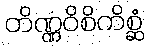
တိဏ္ဏဝိစိကိစ္ဆံ